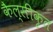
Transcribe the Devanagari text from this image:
कैल्सीकृत